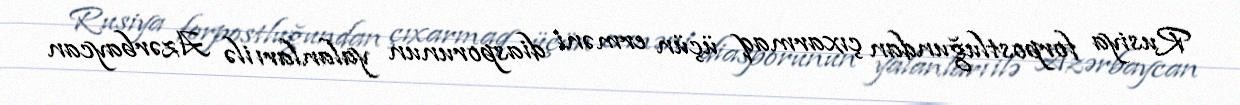
Rusiya forpostluğundan çıxarmaq üçün erməni diasporunun yalanları ilə Azərbaycan